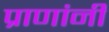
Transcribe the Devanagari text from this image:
प्राणांनी